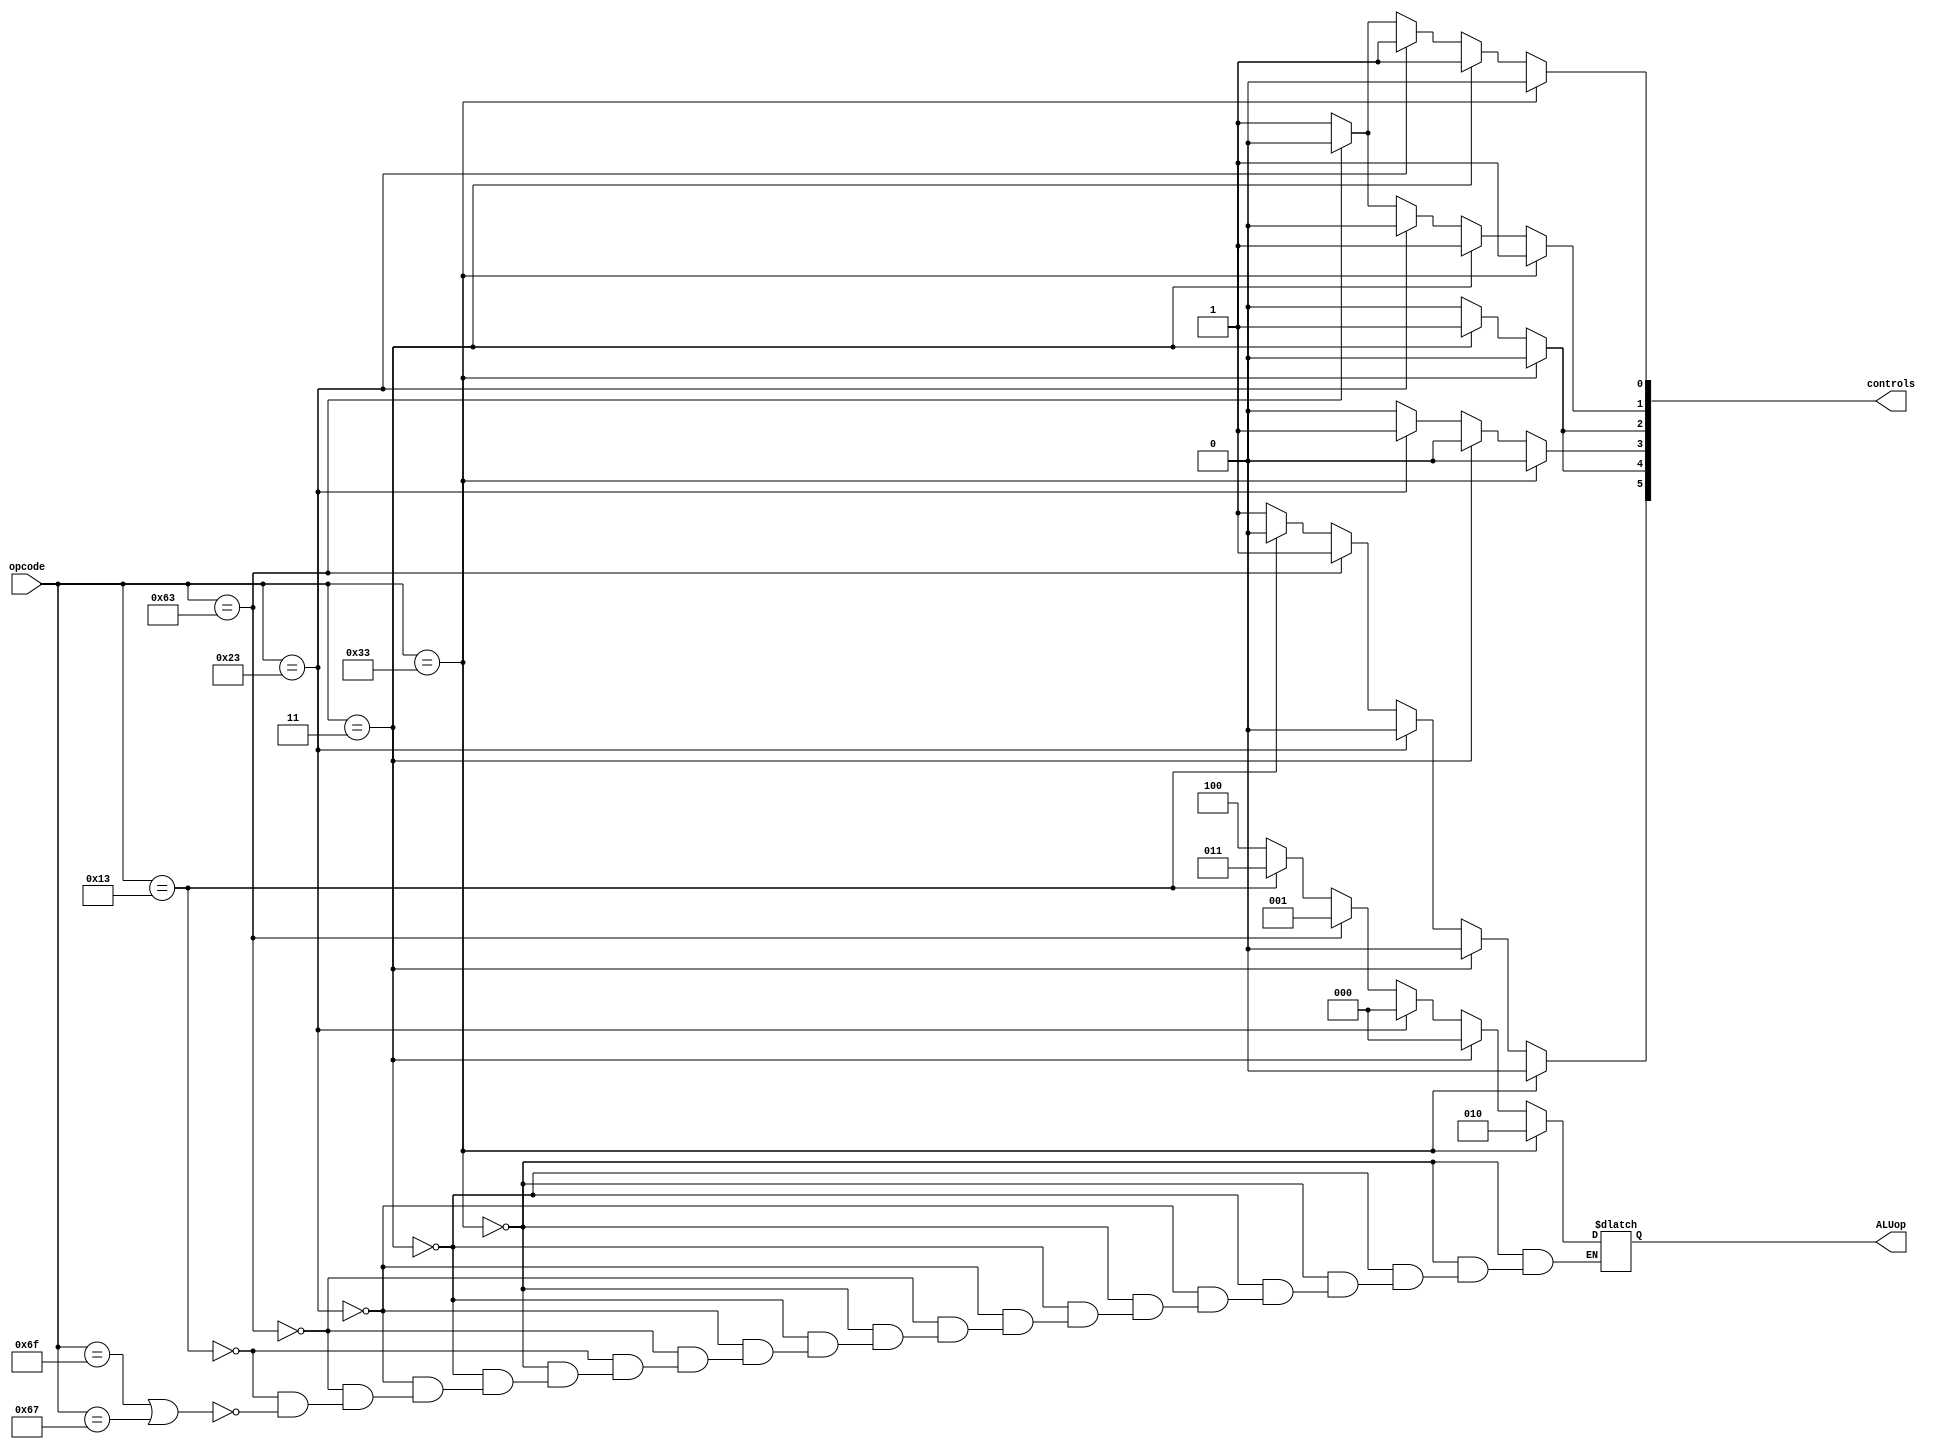
`timescale 1ns / 1ps
//////////////////////////////////////////////////////////////////////////////////
// Company: 
// Engineer: 
// 
// Design Name: 
// Module Name: Control
// Project Name: 
// Target Devices: 
// Tool Versions: 
// Description: 
// 
// Dependencies: 
// 
// Revision:
// Revision 0.01 - File Created
// Additional Comments:
// 
//////////////////////////////////////////////////////////////////////////////////


module Control(input [6:0] opcode,
output reg [5:0] controls,
output reg [2:0] ALUop
);
reg branch;
reg Memread;
reg MemtoReg;
reg Memwrite;
reg ALUsrc;
reg Regwrite;

initial begin
   ALUsrc = 0;
    MemtoReg = 0;
    Regwrite = 0;
    Memread = 0;
    Memwrite = 0;
    branch = 0;
    ALUop = 3'b000;     

end

always @ (opcode) begin
    if(opcode == 7'b0110011) begin // Rtype
        ALUsrc = 0;
        MemtoReg = 0;
        Regwrite = 1;
        Memread = 0;
        Memwrite = 0;
        branch = 0;
        ALUop = 3'b010;
    end
    else if(opcode == 7'b0000011) begin // Ld
        ALUsrc = 1;
        MemtoReg = 1;
        Regwrite = 1;
        Memread = 1;
        Memwrite = 0;
        branch = 0;
        ALUop = 3'b000;
    end
    else if(opcode == 7'b0100011) begin // SD
        ALUsrc = 1;
        Regwrite = 0;
        Memread = 0;
        Memwrite = 1;
        branch = 0;
        ALUop = 3'b000;
    end
    else if(opcode == 7'b1100011) begin // BEQ
        ALUsrc = 0;
        Regwrite = 0;
        Memread = 0;
        Memwrite = 0;
        branch = 1;
        ALUop = 3'b001;
    end
    else if(opcode == 7'b0010011) begin // I type
        ALUsrc = 1;
        MemtoReg = 0;
        Regwrite = 1;
        Memread = 0;
        Memwrite = 0;
        branch = 0;
        ALUop = 3'b011;
    end
    
    else if(opcode == 7'b1101111 || opcode == 7'b1100111) begin // JAL or JALR
        ALUsrc = 1;
        MemtoReg = 0;
        Regwrite = 1;
        Memread = 0;
        Memwrite = 0;
        branch = 1;
        ALUop = 3'b100;
    end
    
    controls = {branch, Memread, Memwrite, MemtoReg, Regwrite, ALUsrc};
end


endmodule